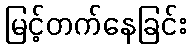
မြင့်တက်နေခြင်း